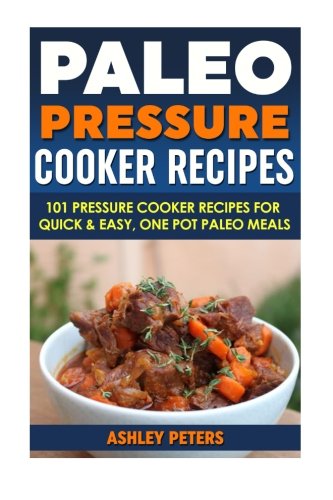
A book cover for Paleo Pressure Cooker Recipes: 101 Pressure Cooker Recipes For Quick & Easy, One Pot, Paleo Meals; Ashley Peters; Cookbooks, Food & Wine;